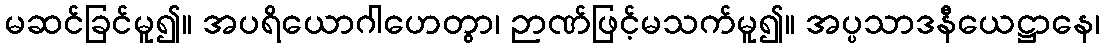
မဆင်ခြင်မူ၍။ အပရိယောဂါဟေတွာ၊ ဉာဏ်ဖြင့်မသက်မူ၍။ အပ္ပသာဒနီယေဋ္ဌာနေ၊